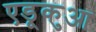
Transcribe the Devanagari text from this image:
एडूकुआ